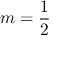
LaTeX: m = { \frac { 1 } { 2 } }